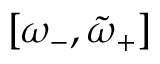
[ \omega _ { - } , \tilde { \omega } _ { + } ]